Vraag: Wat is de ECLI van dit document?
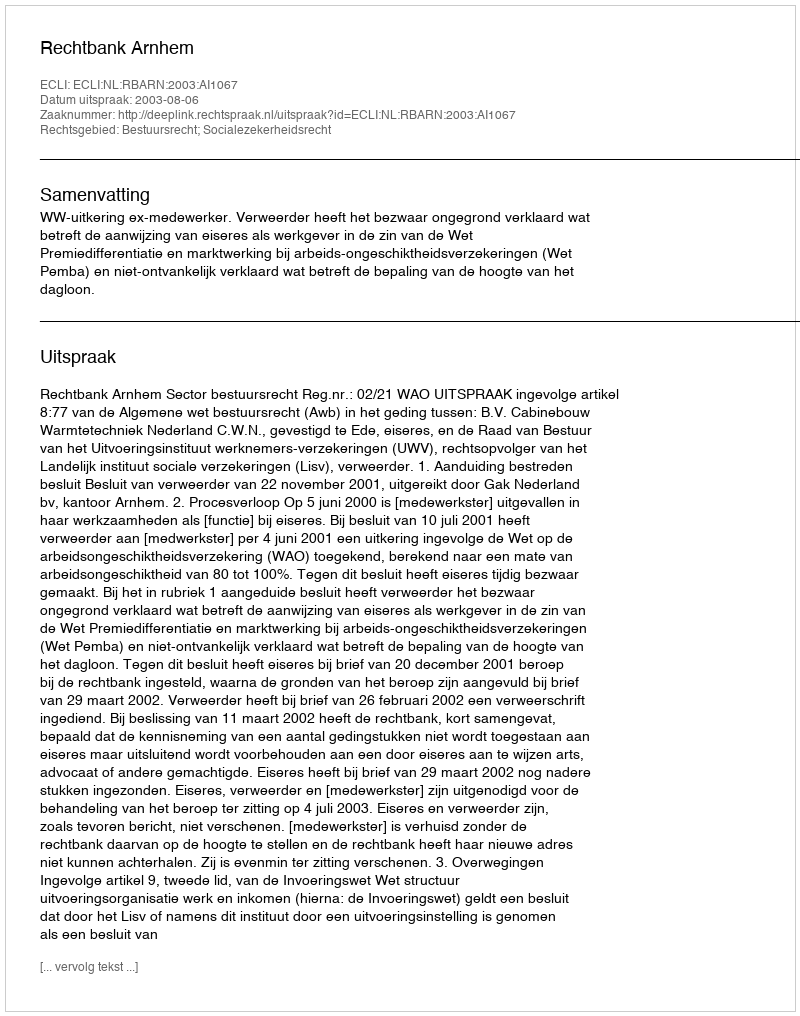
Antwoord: ECLI:NL:RBARN:2003:AI1067